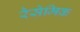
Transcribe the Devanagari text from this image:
रैसेमिक